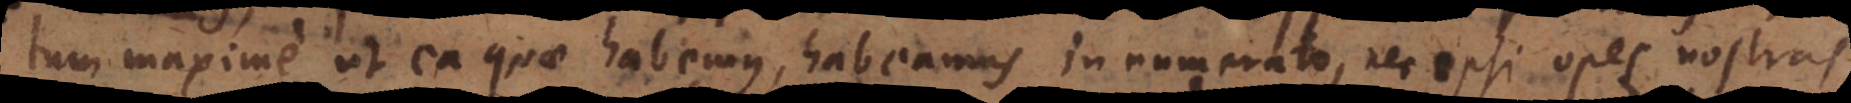
tum maxime ut ea quae habemus, habeamus in numerato, nec ipsi opes nostr